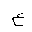
Letter: _ayn